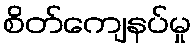
စိတ်ကျေနပ်မှု